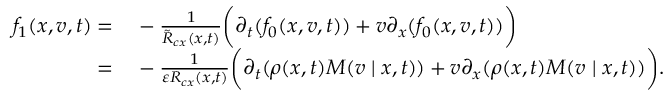
\begin{array} { r l } { f _ { 1 } ( x , v , t ) = } & { { } - \frac { 1 } { \tilde { R } _ { c x } ( x , t ) } \bigg ( \partial _ { t } ( f _ { 0 } ( x , v , t ) ) + v \partial _ { x } ( f _ { 0 } ( x , v , t ) ) \bigg ) } \\ { = } & { { } - \frac { 1 } { \varepsilon R _ { c x } ( x , t ) } \bigg ( \partial _ { t } ( \rho ( x , t ) M ( v \mid x , t ) ) + v \partial _ { x } ( \rho ( x , t ) M ( v \mid x , t ) ) \bigg ) . } \end{array}